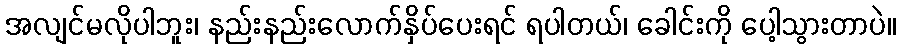
အလျင်မလိုပါဘူး၊ နည်းနည်းလောက်နှိပ်ပေးရင် ရပါတယ်၊ ခေါင်းကို ပေါ့သွားတာပဲ။